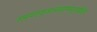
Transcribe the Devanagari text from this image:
सम्यग्ज्ञानमहामन्त्रवेदिनं